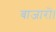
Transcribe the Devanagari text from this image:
बाजारों।